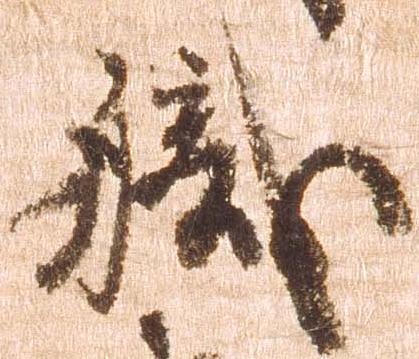
職